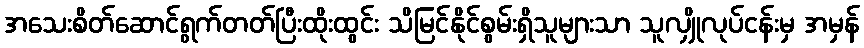
အသေးစိတ်ဆောင်ရွက်တတ်ပြီးထိုးထွင်း သိမြင်နိုင်စွမ်းရှိသူများသာ သူလျှိုလုပ်ငန်းမှ အမှန်